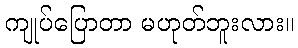
ကျုပ်ပြောတာ မဟုတ်ဘူးလား။